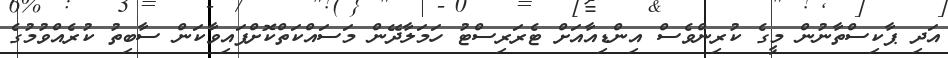
އަދި ޕާކިސްތާނުން މީގެ ކުރިންވެސް އިންޑިއާއަށް ޓެރަރިސްޓު ހަމަލާދޭން މަސައްކަތްކޮށްފައިވާކަން ސާބިތު ކުރެއްވުމުގެ